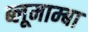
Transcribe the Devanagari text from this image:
ब्लूमाम्बा